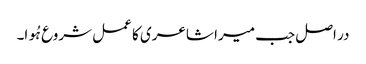
در اصل جب میرا شاعری کا عمل شروع ہُوا۔